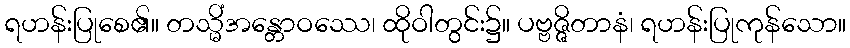
ရဟန်းပြုစေ၏။ တသ္မိံအန္တောဝဿေ၊ ထိုဝါတွင်း၌။ ပဗ္ဗဇ္ဇိတာနံ၊ ရဟန်းပြုကုန်သော။